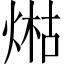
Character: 𤋹